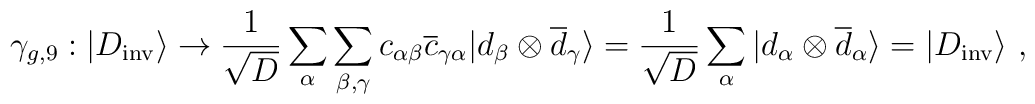
\gamma_{g,9}:|D_{\rm inv}\rangle \rightarrow {1\over\sqrt{D}} \sum_\alpha \sum_{\beta,\gamma} c_{\alpha\beta}  {\overline c}_{\gamma\alpha} |d_\beta\otimes{\overline d}_\gamma \rangle={1\over \sqrt{D}} \sum_\alpha |d_\alpha\otimes{\overline d}_\alpha\rangle=|D_{\rm inv}\rangle~,